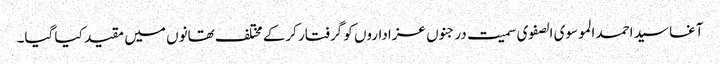
آغا سید احمد الموسوی الصفوی سمیت درجنوں عزاداروں کو گرفتار کرکے مختلف تھانوں میں مقید کیا گیا۔